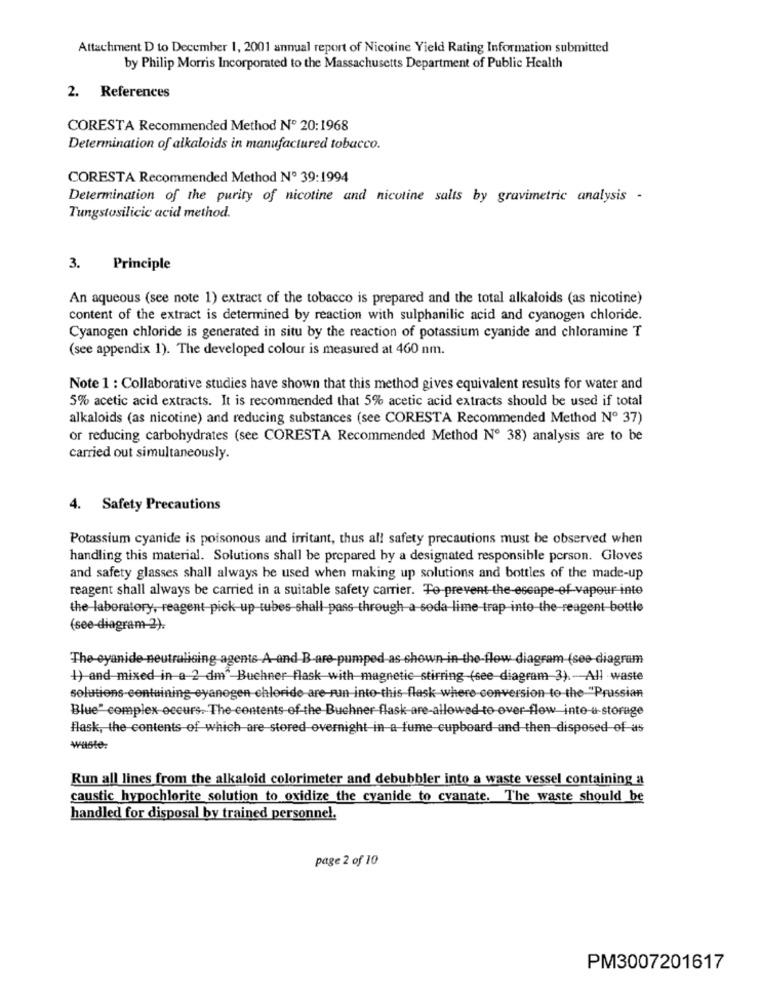
Attachment D to December 1, 2001 annual report of Nicotine Yield Rating Information submitted
by Philip Morris Incorporated to the Massachusetts Department of Public Health
2. References
CORESTA Recommended Method Nº 20:1968
Determination of alkaloids in manufactured tobacco.
CORESTA Recommended Method Nº 39:1994
Determination of the purity of nicotine and nicotine salts by gravimetric analysis -
Tungstosilicic acid method.
3. Principle
An aqueous (see note 1) extract of the tobacco is prepared and the total alkaloids (as nicotine)
content of the extract is determined by reaction with sulphanilic acid and cyanogen chloride.
Cyanogen chloride is generated in situ by the reaction of potassium cyanide and chloramine T
(see appendix 1). The developed colour is measured at 460 nm.
Note 1 : Collaborative studies have shown that this method gives equivalent results for water and
5% acetic acid extracts. It is recommended that 5% acetic acid extracts should be used if total
alkaloids (as nicotine) and reducing substances (see CORESTA Recommended Method Nº 37)
or reducing carbohydrates (see CORESTA Recommended Method Nº 38) analysis are to be
carried out simultaneously.
4. Safety Precautions
Potassium cyanide is poisonous and irritant, thus all safety precautions must be observed when
handling this material. Solutions shall be prepared by a designated responsible person. Gloves
and safety glasses shall always be used when making up solutions and bottles of the made-up
reagent shall always be carried in a suitable safety carrier. To-prevent-the-escape-of-vapour inte
the laboratory, reagent pick-up tubes shall pass-through a soda lime trap into the-reagent bottle
(see-diagram 2).
The eyanide neutralising agents A and B-are-pumped as shown-in-the-flow diagram (see diagram
4) and mixed in a 2 dm" Buchner flask with magnetic stirring (see diagram 3). - All waste
solutions-containing-eyanegen chloride are-run into-this flask where conversion to the "Prussian
Blue" complex occurs. The contents of -the Buchner flask are-allowed to over flow inte-u-storage
Hlask, the contents of which are stored overnight in a fume cupboard and then disposed of as
Waste:
Run all lines from the alkaloid colorimeter and debubbler into a waste vessel containing a
caustic hypochlorite solution to oxidize the cyanide to cyanate. The waste should be
handled for disposal by trained personnel.
page 2 of 10
PM3007201617